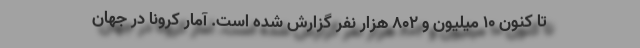
تا کنون ۱۰ میلیون و ۸۰۲ هزار نفر گزارش شده است. آمار کرونا در جهان